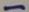
Text: -